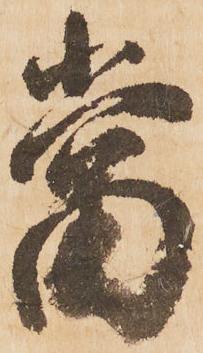
當